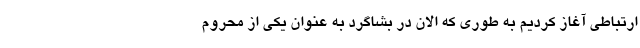
ارتباطی آغاز کردیم به طوری که الان در بشاگرد به عنوان یکی از محروم